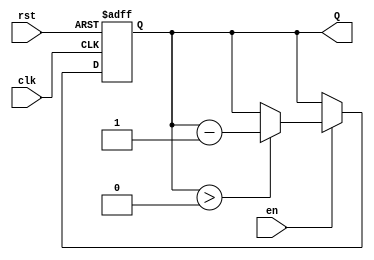
module binary_down_counter #(
    parameter N = 4  // Define the number of bits for the counter (default: 4 bits)
)(
    input wire clk,       // Clock input
    input wire rst,       // Active-high reset
    input wire en,        // Active-high enable
    output reg [N-1:0] Q  // n-bit output for the counter value
);

// Maximum count value (2^N - 1)
localparam MAX_COUNT = (1 << N) - 1;

// Synchronous reset and counting logic
always @(posedge clk or posedge rst) begin
    if (rst) begin
        Q <= MAX_COUNT; // Reset the counter to maximum count
    end else if (en) begin
        if (Q > 0) begin
            Q <= Q - 1; // Decrement the counter
        end
        // If Q is already 0, it remains 0 until reset or enable changes
    end
end

endmodule